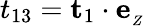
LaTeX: t_{13}=\mathbf{t}_{1}\cdot\mathbf{e}_{_Z}